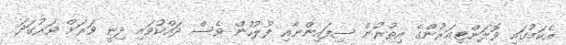
އެކަމުގައި ވޮލަންޓިއަރުންގެ އިތުރުން ސިފައިންނާއި ފުލުހުން ވެސް ދައްކުވައި ދިނީ ވަރަށް ވަރުގަދަ